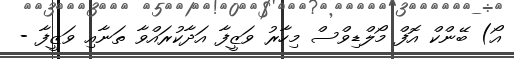
އޯ) ބޭންކް އޮފް މޯލްޑިވްސް މިހާރު ވަޒީފާ އަދާކުރައްވާ ތަނާއި ވަޒީފާ -